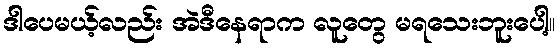
ဒါပေမယ့်လည်း အဲဒီနေရာက လူတွေ မရသေးဘူးပေါ့။